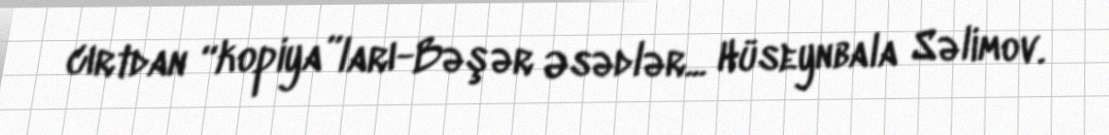
cırtdan “kopiya”ları-Bəşər Əsədlər... Hüseynbala Səlimov.